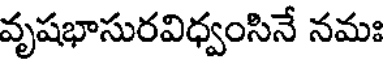
వృషభాసురవిధ్వంసినే నమః